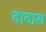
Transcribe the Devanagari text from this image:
दादास